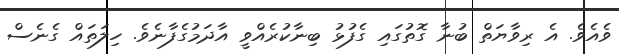
ވެއެވެ. އެ ރިވާޔަތް ބުނާ ގޮތުގައި ގެފުޅު ބިނާކުރެއްވީ އާދަމުގެފާނެވެ. ހިލަތައް ގެނެސް